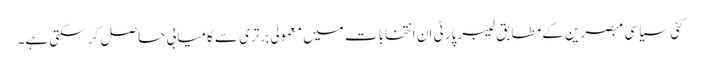
کئی سیاسی مبصرین کے مطابق لیبر پارٹی ان انتخابات میں معمولی برتری سے کامیابی حاصل کر سکتی ہے۔